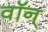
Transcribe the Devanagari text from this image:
वॉन्